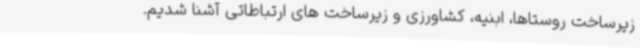
زیرساخت روستاها، ابنیه، کشاورزی و زیرساخت های ارتباطاتی آشنا شدیم.